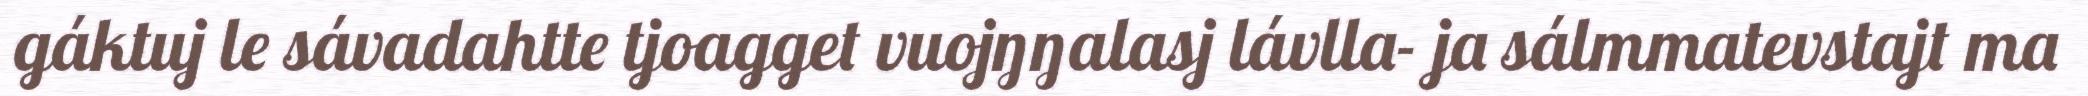
gáktuj le sávadahtte tjoagget vuojŋŋalasj lávlla- ja sálmmatevstajt ma